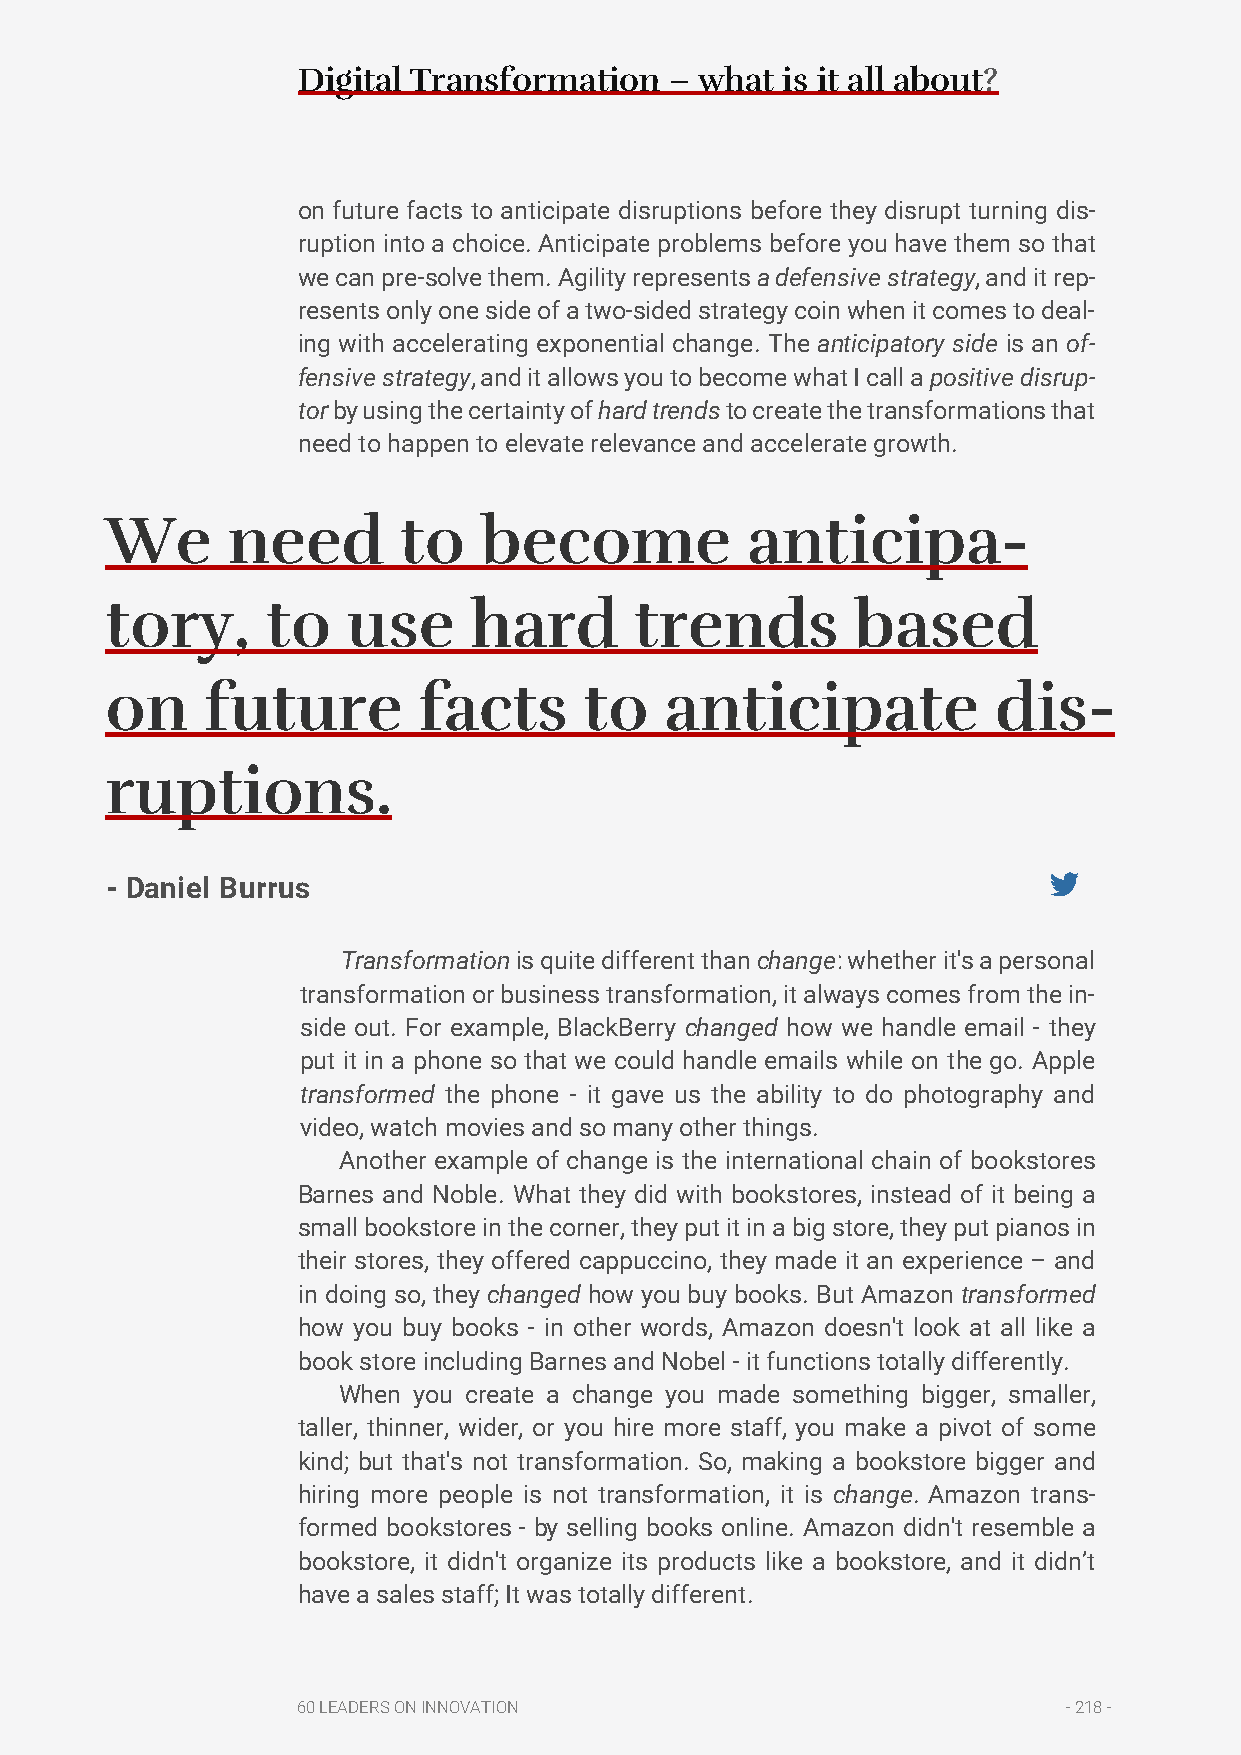
Digital Transformation  – what  is it all about?
 on future facts to anticipate disruptions before they disrupt turning dis-
 ruption into a choice. Anticipate problems before you have them so that
 we can pre-solve them. Agility represents a defensive strategy, and it rep-
 resents only one side of a two-sided strategy coin when it comes to deal-
 ing with accelerating exponential change. The anticipatory side is an of-
 fensive strategy, and it allows you to become what I call a positive disrup-
 tor by using the certainty of hard trends to create the transformations that
 need to happen to elevate relevance and accelerate growth.
 We      need       to    become           anticipa-
 tory,      to   use     hard       trends         based
 on     future        facts      to   anticipate            dis-
 ruptions.
 - Daniel Burrus
 Transformation is quite different than change: whether it's a personal
 transformation or business transformation, it always comes from the in-
 side out. For example, BlackBerry changed how we handle email - they
 put it in a phone so that we could handle emails while on the go. Apple
 transformed the phone - it gave us the ability to do photography and
 video, watch movies and so many other things.
 Another example of change is the international chain of bookstores
 Barnes and Noble. What they did with bookstores, instead of it being a
 small bookstore in the corner, they put it in a big store, they put pianos in
 their stores, they offered cappuccino, they made it an experience – and
 in doing so, they changed how you buy books. But Amazon transformed
 how you buy books - in other words, Amazon doesn't look at all like a
 book store including Barnes and Nobel - it functions totally differently.
 When you create a change you made something bigger, smaller,
 taller, thinner, wider, or you hire more staff, you make a pivot of some
 kind; but that's not transformation. So, making a bookstore bigger and
 hiring more people is not transformation, it is change. Amazon trans-
 formed bookstores - by selling books online. Amazon didn't resemble a
 bookstore, it didn't organize its products like a bookstore, and it didn’t
 have a sales staff; It was totally different.
 60 LEADERS ON INNOVATION                           - 218 -